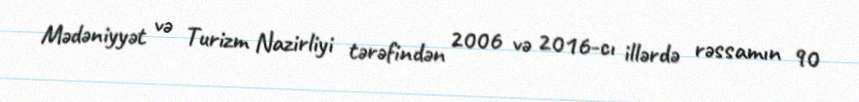
Mədəniyyət və Turizm Nazirliyi tərəfindən 2006 və 2016-cı illərdə rəssamın 90